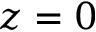
z = 0